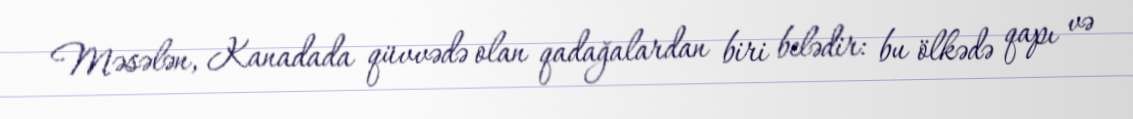
Məsələn, Kanadada qüvvədə olan qadağalardan biri belədir: bu ölkədə qapı və